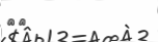
٣٠